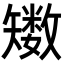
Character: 𥐈